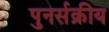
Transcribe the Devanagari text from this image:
पुनर्सक्रीय